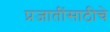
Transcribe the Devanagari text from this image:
प्रजातींसाठीचे